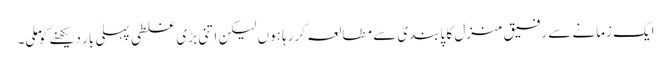
ایک زمانے سے رفیق منزل کا پابندی سے مطالعہ کررہا ہوں لیکن اتنی بڑی غلطی پہلی بار دیکھنے کو ملی۔